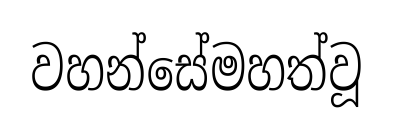
වහන්සේමහත්වූ